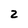
Character: 2